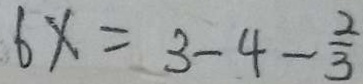
6 x = 3 - 4 - \frac { 2 } { 3 }